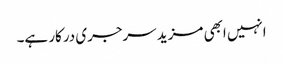
انہیں ابھی مزید سرجری درکار ہے۔